Civil Veterinary Department Bihar & Orissa reports 1911-21 - 1911-1921
Year: 1911
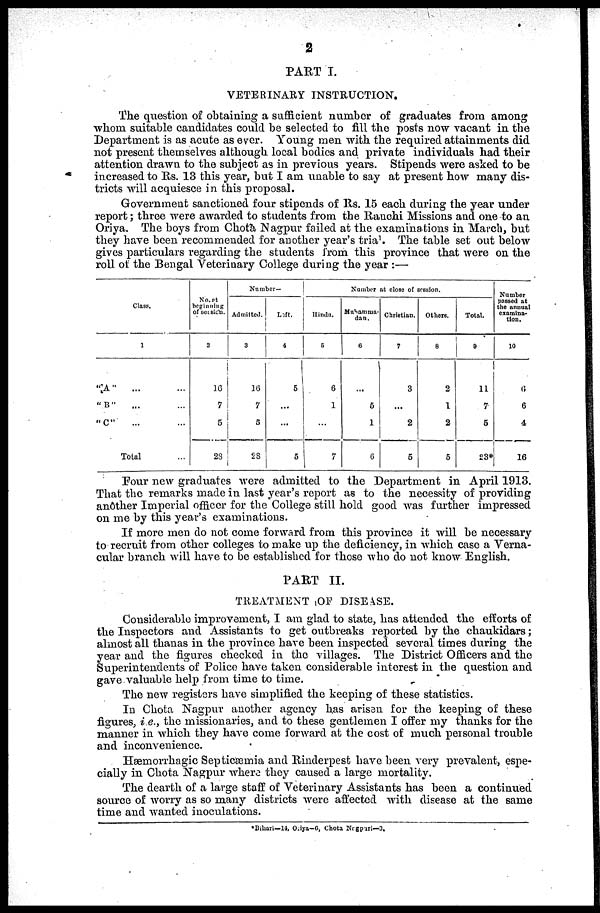
2
PART I.
VETERINARY INSTRUCTION.
The question of obtaining a sufficient number of graduates from among
whom suitable candidates could be selected to fill the posts now vacant in the
Department is as acute as ever. Young men with the required attainments did
not present themselves although local bodies and private individuals had their
attention drawn to the subject as in previous years. Stipends were asked to be
increased to Rs. 13 this year, but I am unable to say at present how many dis-
tricts will acquiesce in this proposal.
Government sanctioned four stipends of Rs. 15 each during the year under
report ; three were awarded to students from the Ranchi Missions and one to an
Oriya. The boys from Chota Nagpur failed at the examinations in March, but
they have been recommended for another year's trial. The table set out below
gives particulars regarding the students from this province that were on the
roll of the Bengal Veterinary College during the year :—
Class.
1
"A" ... ...
"B" ... ...
"C" ... ...
Total
No. at
beginning
of session.
2
16
7
5
28
Number—
Admitted.
3
16
7
5
28
Left.
4
5
...
...
5
Number at close of session.
Hindu.
5
6
1
...
7
Muhamma-
dan.
6
...
6
1
6
Christian.
7
3
...
2
5
Others.
8
2
1
2
5
Total.
9
11
7
5
23*
Number
passed at
the annual
examina-
tion.
10
6
6
4
16
Pour new graduates were admitted to the Department in April 1913.
That the remarks made in last year's report as to the necessity of providing
another Imperial officer for the College still hold good was further impressed
on me by this year's examinations.
If more men do not come forward from this province it will be necessary
to recruit from other colleges to make up the deficiency, in which case a Verna-
cular branch will have to be established for those who do not know English.
PART II.
TREATMENT OF DISEASE.
Considerable improvement, I am glad to state, has attended the efforts of
the Inspectors and Assistants to get outbreaks reported by the chaukidars;
almost all thanas in the province have been inspected several times during the
year and the figures checked in the villages. The District Officers and the
Superintendents of Police have taken considerable interest in the question and
gave valuable help from time to time.
The new registers have simplified the keeping of these statistics.
In Chota Nagpur another agency has arisen for the keeping of these
figures, i e., the missionaries, and to these gentlemen I offer my thanks for the
manner in which they have come forward at the cost of much personal trouble
and inconvenience.
Hæmorrhagic Septicæmia and Rinderpest have been very prevalent, espe-
cially in Chota Nagpur where they caused a large mortality.
The dearth of a large staff of Veterinary Assistants has been a continued
source of worry as so many districts were affected with disease at the same
time and wanted inoculations.
*Bihari—14, Oriya-6, Chota Nagpuri—3.